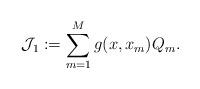
LaTeX: \begin{align*} \mathcal{J}_1 := \sum^{M}_{m = 1}g(x, x_m)Q_m.\end{align*}